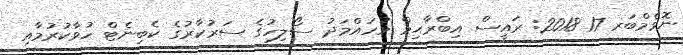
ނޮވެމްބަރ 17 2018: ރައީސް އިބްރާޙިމް މުހައްމަދު ސޯލިހުގެ ސަރުކާރުގެ ކެބިނެޓް ހުވާކުރުމާއި